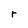
Character: r